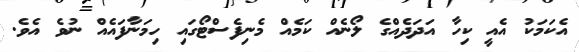
އެކަމަކު އެއީ ކިހާ އަދަދެއްގެ ލޯނެއް ކަމެއް މެނިފެސްޓޯގައި ހިމަނާފައެއް ނުވެ އެވެ.